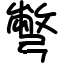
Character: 彆